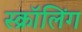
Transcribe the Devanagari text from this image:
स्क्रॉलिंग